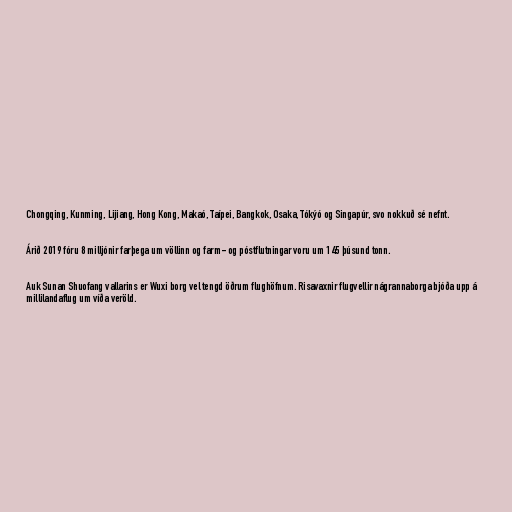
Chongqing, Kunming, Lijiang, Hong Kong, Makaó, Taípei, Bangkok, Osaka, Tókýó og Singapúr, svo nokkuð sé nefnt.

Árið 2019 fóru 8 milljónir farþega um völlinn og farm- og póstflutningar voru um 145 þúsund tonn.

Auk Sunan Shuofang vallarins er Wuxi borg vel tengd öðrum flughöfnum. Risavaxnir flugvellir nágrannaborga bjóða upp á
millilandaflug um víða veröld.